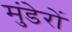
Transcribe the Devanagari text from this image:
मुंडेरों